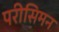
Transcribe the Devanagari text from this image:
परीसिमन